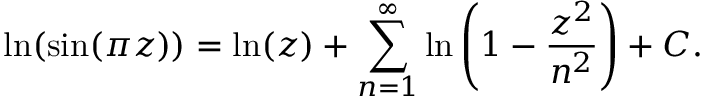
\ln ( \sin ( \pi z ) ) = \ln ( z ) + \displaystyle \sum _ { n = 1 } ^ { \infty } \ln \left( 1 - { \frac { z ^ { 2 } } { n ^ { 2 } } } \right) + C .